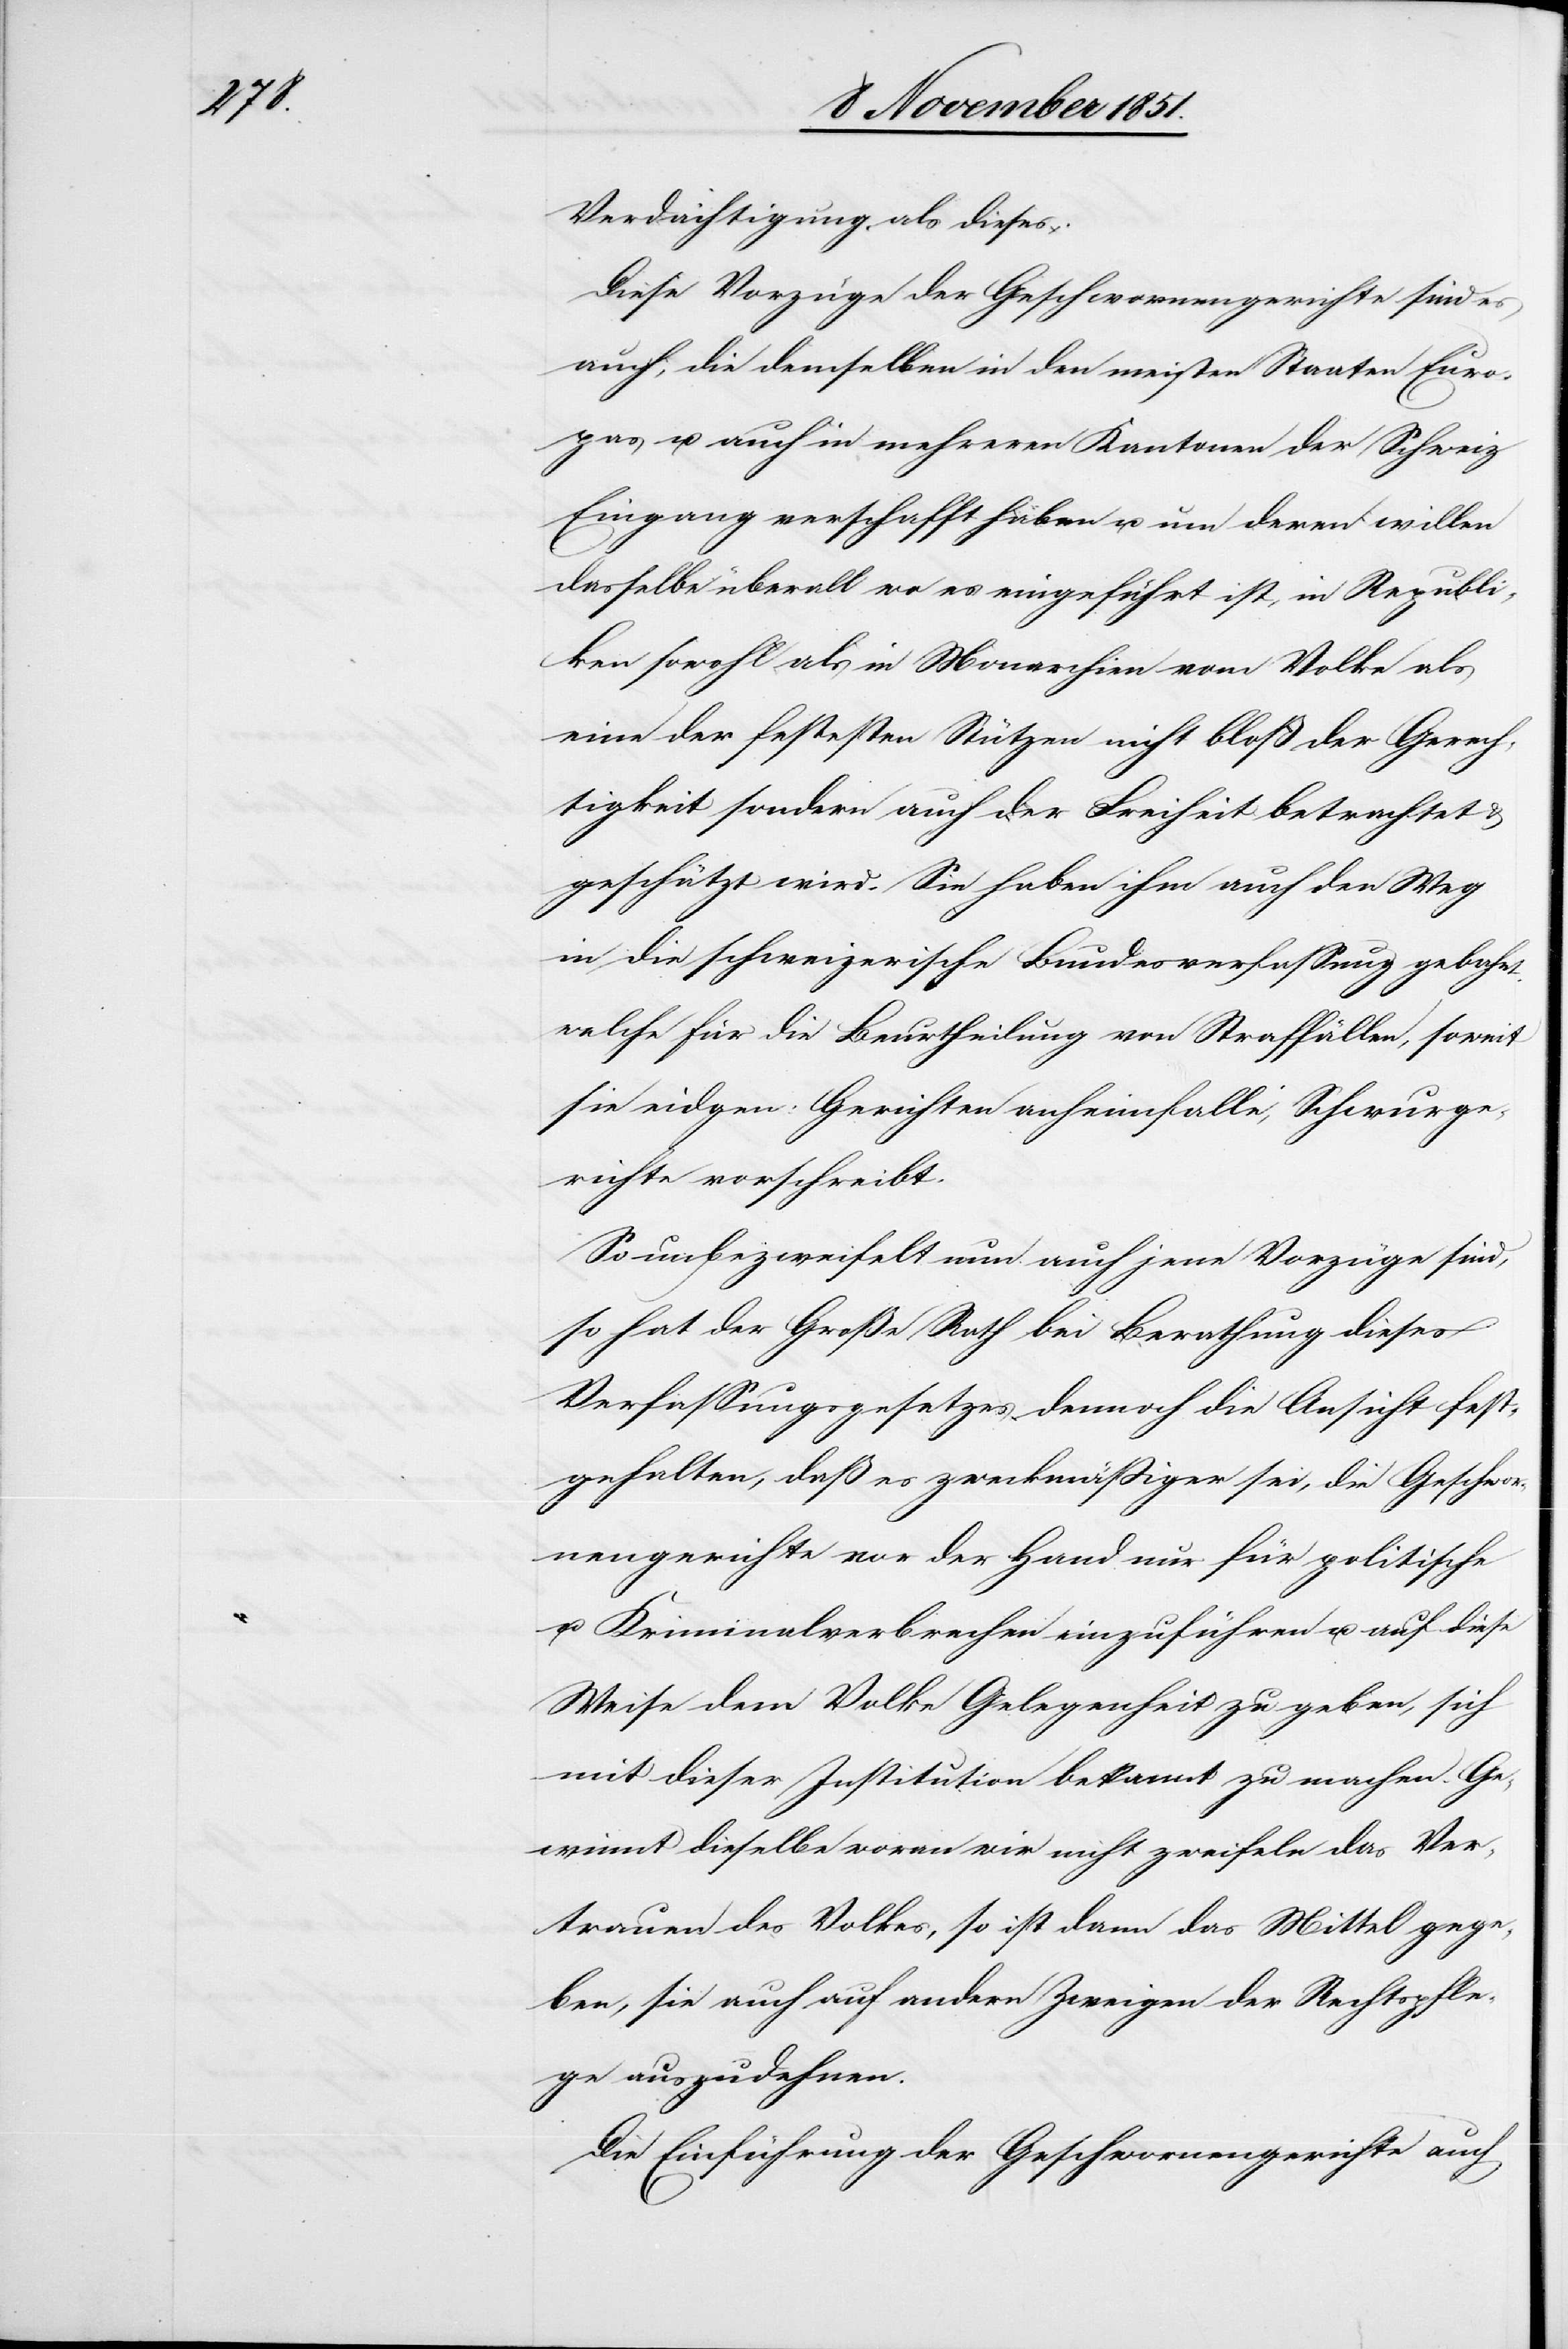
Verdächtigung als dieses.
Diese Vorzüge der Geschwornengerichte sind es
auch, die demselben in den meisten Staaten Euro¬
pas u. auch in mehreren Kantonen der Schweiz
Eingang verschafft haben u. um deren willen
dasselbe überall wo es eingeführt ist, in Republi¬
ken sowohl als in Monarchien vom Volke als
eine der festesten Stützen nicht bloß der Gerech¬
tigkeit sondern auch der Freiheit betrachtet &
geschätzt wird. Sie haben ihm auch den Weg
in die schweizerische Bundesverfassung gebahnt
welche für die Beurtheilung von Straffällen, soweit
sie eidgen: Gerichten anheimfalle, Schwurge¬
richte vorschreibt.
So unbezweifelt nun auch jene Vorzüge sind,
so hat der Große Rath bei Berathung dieses
Verfassungsgesetzes dennoch die Ansicht fest¬
gehalten, daß es zweckmäßiger sei, die Geschwor¬
nengerichte vor der Hand nur für politische
u. Kriminalverbrechen einzuführen u. auf diese
Weise dem Volke Gelegenheit zu geben, sich
mit dieser Institution bekannt zu machen. Ge¬
winnt dieselbe woran wir nicht zweifeln das Ver¬
trauen des Volkes, so ist dann das Mittel gege¬
ben, sie auch auf andern Zweigen der Rechtspfle¬
ge auszudehnen.
Die Einführung der Geschwornengerichte auch